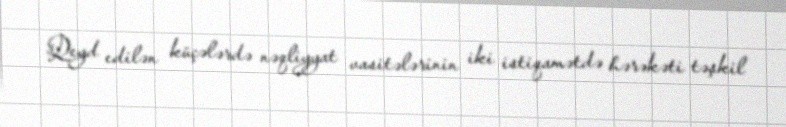
Qeyd edilən küçələrdə nəqliyyat vasitələrinin iki istiqamətdə hərəkəti təşkil